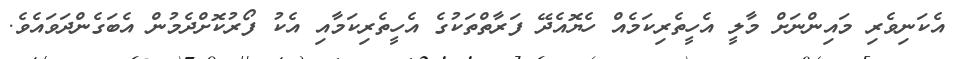
އެކަނިވެރި މައިންނަށް މާލީ އެހީތެރިކަމެއް ހެޔޮއެދޭ ފަރާތްތަކުގެ އެހީތެރިކަމާއި އެކު ފޯރުކޮށްދެމުން އެބަގެންދަވައެވެ.